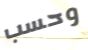
وحسب